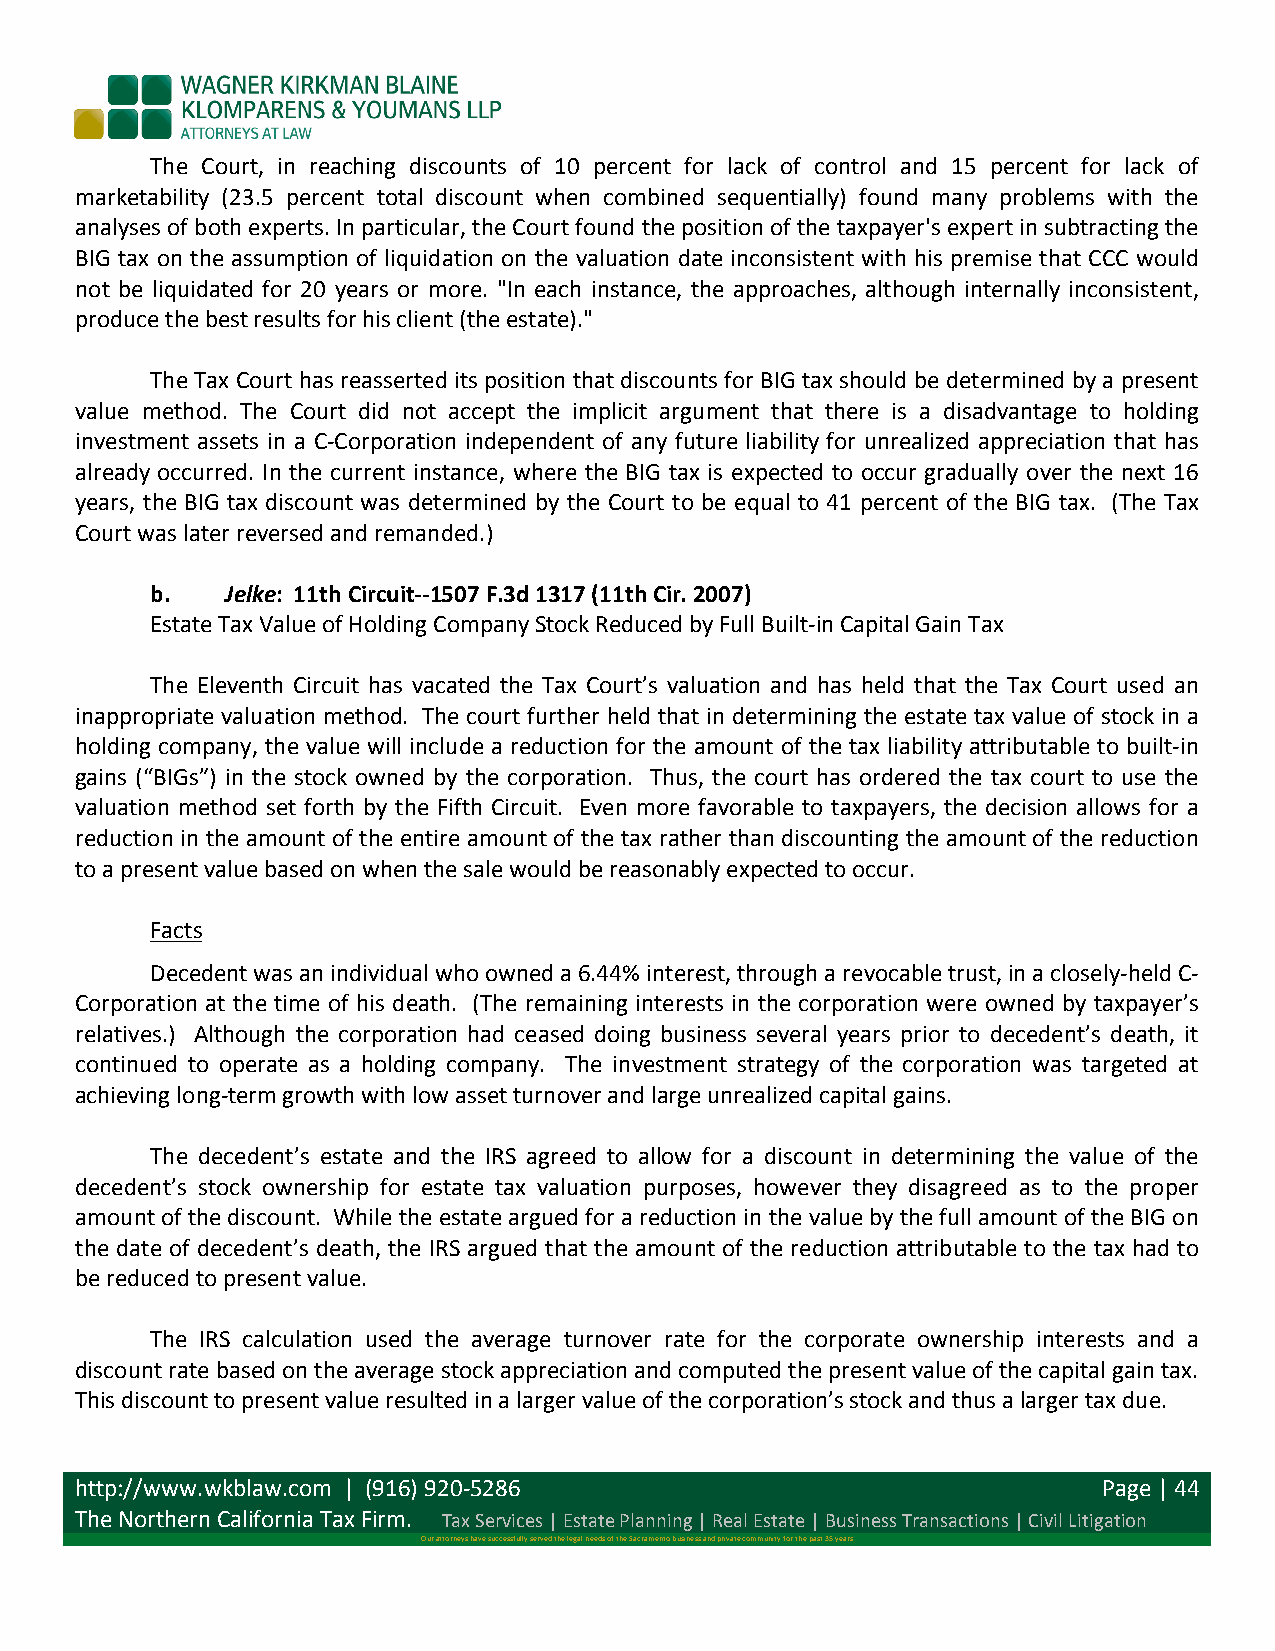
The Court, in reaching discounts of 10 percent for lack of control and 15 percent for lack of
 marketability (23.5 percent total discount when combined sequentially) found many problems with the
 analyses of both experts. In particular, the Court found the position of the taxpayer's expert in subtracting the
 BIG tax on the assumption of liquidation on the valuation date inconsistent with his premise that CCC would
 not be liquidated for 20 years or more. "In each instance, the approaches, although internally inconsistent,
 produce the best results for his client (the estate)."
 The Tax Court has reasserted its position that discounts for BIG tax should be determined by a present
 value method. The Court did not accept the implicit argument that there is a disadvantage to holding
 investment assets in a C-­‐Corporation independent of any future liability for unrealized appreciation that has
 already occurred. In the current instance, where the BIG tax is expected to occur gradually over the next 16
 years, the BIG tax discount was determined by the Court to be equal to 41 percent of the BIG tax. (The Tax
 Court was later reversed and remanded.)
 b.   Jelke: 11th Circuit-­‐-­‐1507 F.3d 1317 (11th Cir. 2007)
 Estate Tax Value of Holding Company Stock Reduced by Full Built-­‐in Capital Gain Tax
 The Eleventh Circuit has vacated the Tax Court’s valuation and has held that the Tax Court used an
 inappropriate valuation method. The court further held that in determining the estate tax value of stock in a
 holding company, the value will include a reduction for the amount of the tax liability attributable to built-­‐in
 gains (“BIGs”) in the stock owned by the corporation. Thus, the court has ordered the tax court to use the
 valuation method set forth by the Fifth Circuit. Even more favorable to taxpayers, the decision allows for a
 reduction in the amount of the entire amount of the tax rather than discounting the amount of the reduction
 to a present value based on when the sale would be reasonably expected to occur.
 Facts
 Decedent was an individual who owned a 6.44% interest, through a revocable trust, in a closely-­‐held C-­‐
 Corporation at the time of his death. (The remaining interests in the corporation were owned by taxpayer’s
 relatives.) Although the corporation had ceased doing business several years prior to decedent’s death, it
 continued to operate as a holding company. The investment strategy of the corporation was targeted at
 achieving long-­‐term growth with low asset turnover and large unrealized capital gains.
 The decedent’s estate and the IRS agreed to allow for a discount in determining the value of the
 decedent’s stock ownership for estate tax valuation purposes, however they disagreed as to the proper
 amount of the discount. While the estate argued for a reduction in the value by the full amount of the BIG on
 the date of decedent’s death, the IRS argued that the amount of the reduction attributable to the tax had to
 be reduced to present value.
 The IRS calculation used the average turnover rate for the corporate ownership interests and a
 discount rate based on the average stock appreciation and computed the present value of the capital gain tax.
 This discount to present value resulted in a larger value of the corporation’s stock and thus a larger tax due.
 http://www.wkblaw.com | (916) 920-­‐5286                            Page | 44
 The Northern California Tax Firm. Tax Services | Estate Planning | Real Estate | Business Transactions | Civil Litigation
 Our attorneys have successfully served the legal needs of the Sacramento business and private community for the past 35 years